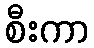
စီးကာ